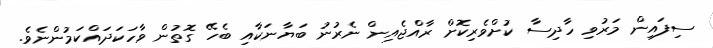
ސިފައިން މަރުވި ހާދިސާ ކުށްވެރިކޮށް ރާއްޖެއިން ނެރުނު ބަޔާނަކާއި ބެހޭ ގޮތުން ވާހަކަދައްކަމުންނެވެ.